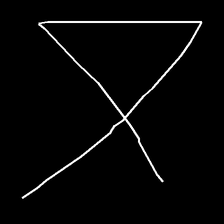
Glyph: collection